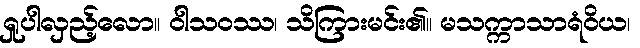
ရှုပါလှည့်လော။ ဝါသဝဿ၊ သိကြားမင်း၏။ မသက္ကာသာရံဝိယ၊